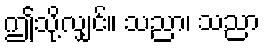
ဤသို့လျှင်။ သညာ၊ သညာ